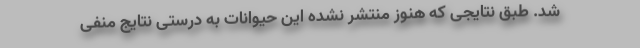
شد. طبق نتایجی که هنوز منتشر نشده این حیوانات به درستی نتایج منفی